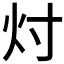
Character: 𬉴